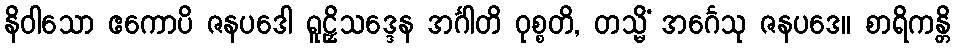
နိဝါသော ဧကောပိ ဇနပဒေါ ရူဠှိသဒ္ဒေန အင်္ဂါတိ ဝုစ္စတိ, တသ္မိံ အင်္ဂေသု ဇနပဒေ။ စာရိကန္တိ